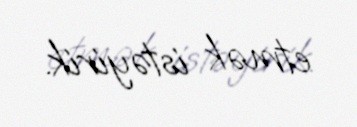
etmək istəyirik.